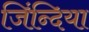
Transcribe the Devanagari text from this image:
जिंन्दिया